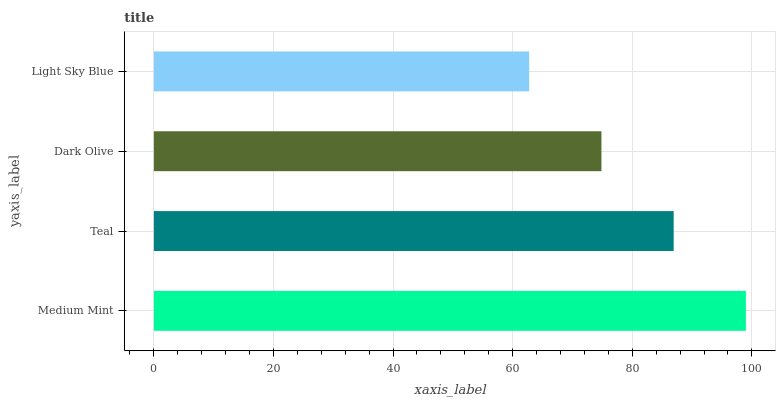
| yaxis_label | bars |
 | --- | --- |
 | Medium Mint | 99 |
 | Teal | 86.9 |
 | Dark Olive | 74.8 |
 | Light Sky Blue | 62.8 |